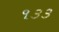
૧૩૩